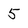
Character: 5